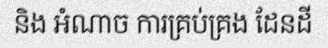
និង អំណាច ការគ្រប់គ្រង ដែនដី